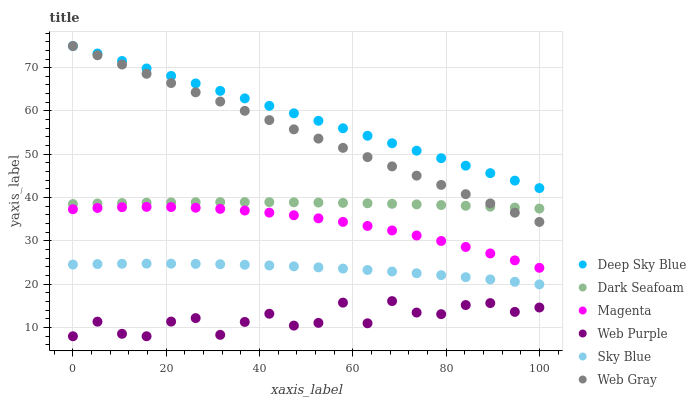
| xaxis_label | Deep Sky Blue | Dark Seafoam | Magenta | Web Purple | Sky Blue | Web Gray |
 | --- | --- | --- | --- | --- | --- | --- |
 | 0 | 75 | 38.5 | 37.3 | 8 | 24.5 | 75 |
 | 5.26 | 73.3 | 38.7 | 37.6 | 11.4 | 24.7 | 72.9 |
 | 10.5 | 71.5 | 38.8 | 37.8 | 8.56 | 24.7 | 70.7 |
 | 15.8 | 69.8 | 38.8 | 37.9 | 8 | 24.8 | 68.6 |
 | 21.1 | 68.1 | 38.9 | 37.8 | 11.4 | 24.8 | 66.5 |
 | 26.3 | 66.4 | 38.9 | 37.7 | 12.2 | 24.7 | 64.3 |
 | 31.6 | 64.6 | 39 | 37.4 | 8.33 | 24.6 | 62.2 |
 | 36.8 | 62.9 | 39 | 37 | 11.3 | 24.5 | 60 |
 | 42.1 | 61.2 | 39 | 36.5 | 13.2 | 24.3 | 57.9 |
 | 47.4 | 59.5 | 38.9 | 35.9 | 10.5 | 24.1 | 55.8 |
 | 52.6 | 57.7 | 38.9 | 35.2 | 11.1 | 23.9 | 53.6 |
 | 57.9 | 56 | 38.8 | 34.4 | 15.8 | 23.6 | 51.5 |
 | 63.2 | 54.3 | 38.7 | 33.5 | 11 | 23.3 | 49.4 |
 | 68.4 | 52.6 | 38.6 | 32.4 | 16.1 | 22.9 | 47.2 |
 | 73.7 | 50.8 | 38.4 | 31.3 | 13.5 | 22.5 | 45.1 |
 | 78.9 | 49.1 | 38.3 | 30 | 13.1 | 22.1 | 42.9 |
 | 84.2 | 47.4 | 38.1 | 28.6 | 15.2 | 21.6 | 40.8 |
 | 89.5 | 45.7 | 37.9 | 27.1 | 15.7 | 21.1 | 38.7 |
 | 94.7 | 43.9 | 37.7 | 25.5 | 13.6 | 20.6 | 36.5 |
 | 100 | 42.2 | 37.5 | 23.8 | 14.6 | 20 | 34.4 |